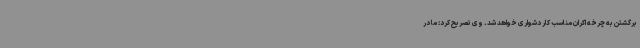
برگشتن به چرخه اکران مناسب کار دشواری خواهد شد. وی تصریح کرد: ما در